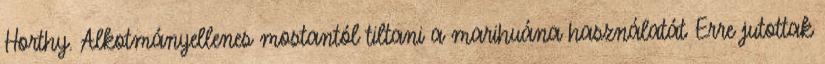
Horthy. Alkotmányellenes mostantól tiltani a marihuána használatát Erre jutottak